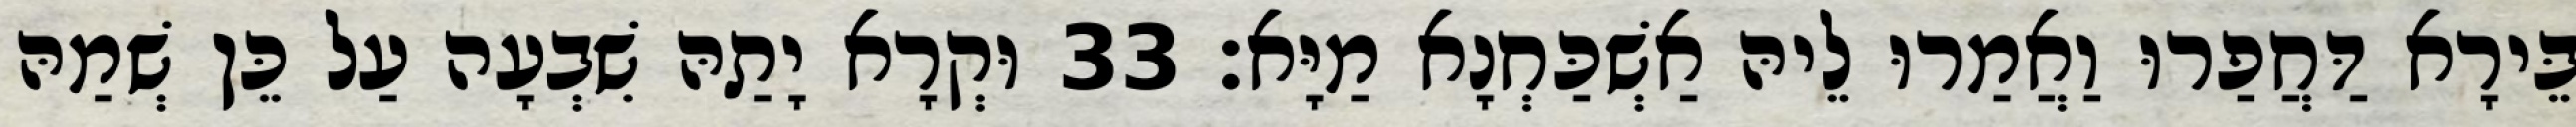
בֵּירָא דַּחֲפַרוּ וַאֲמַרוּ לֵיהּ אַשְׁכַּחְנָא מַיָּא׃ 33 וּקְרָא יָתַהּ שִׁבְעָה עַל כֵּן שְׁמַהּ